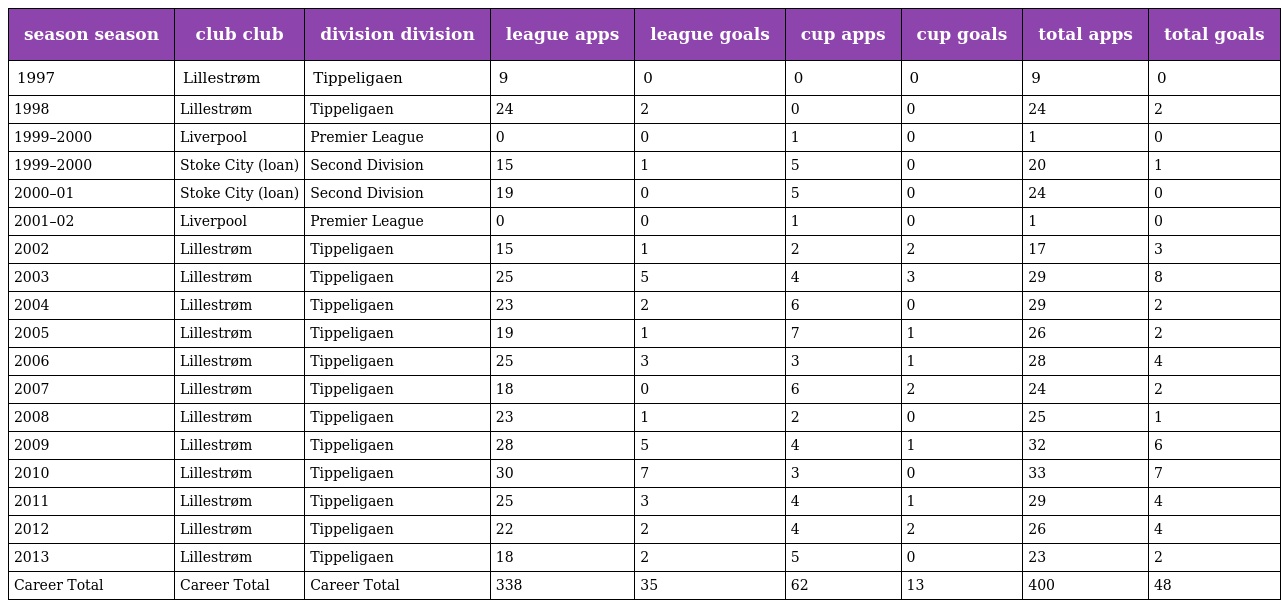
| season season | club club | division division | league apps | league goals | cup apps | cup goals | total apps | total goals |
 | --- | --- | --- | --- | --- | --- | --- | --- | --- |
 | 1997 | Lillestrøm | Tippeligaen | 9 | 0 | 0 | 0 | 9 | 0 |
 | 1998 | Lillestrøm | Tippeligaen | 24 | 2 | 0 | 0 | 24 | 2 |
 | 1999–2000 | Liverpool | Premier League | 0 | 0 | 1 | 0 | 1 | 0 |
 | 1999–2000 | Stoke City (loan) | Second Division | 15 | 1 | 5 | 0 | 20 | 1 |
 | 2000–01 | Stoke City (loan) | Second Division | 19 | 0 | 5 | 0 | 24 | 0 |
 | 2001–02 | Liverpool | Premier League | 0 | 0 | 1 | 0 | 1 | 0 |
 | 2002 | Lillestrøm | Tippeligaen | 15 | 1 | 2 | 2 | 17 | 3 |
 | 2003 | Lillestrøm | Tippeligaen | 25 | 5 | 4 | 3 | 29 | 8 |
 | 2004 | Lillestrøm | Tippeligaen | 23 | 2 | 6 | 0 | 29 | 2 |
 | 2005 | Lillestrøm | Tippeligaen | 19 | 1 | 7 | 1 | 26 | 2 |
 | 2006 | Lillestrøm | Tippeligaen | 25 | 3 | 3 | 1 | 28 | 4 |
 | 2007 | Lillestrøm | Tippeligaen | 18 | 0 | 6 | 2 | 24 | 2 |
 | 2008 | Lillestrøm | Tippeligaen | 23 | 1 | 2 | 0 | 25 | 1 |
 | 2009 | Lillestrøm | Tippeligaen | 28 | 5 | 4 | 1 | 32 | 6 |
 | 2010 | Lillestrøm | Tippeligaen | 30 | 7 | 3 | 0 | 33 | 7 |
 | 2011 | Lillestrøm | Tippeligaen | 25 | 3 | 4 | 1 | 29 | 4 |
 | 2012 | Lillestrøm | Tippeligaen | 22 | 2 | 4 | 2 | 26 | 4 |
 | 2013 | Lillestrøm | Tippeligaen | 18 | 2 | 5 | 0 | 23 | 2 |
 | Career Total | Career Total | Career Total | 338 | 35 | 62 | 13 | 400 | 48 |